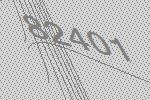
82401